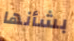
بشأنها